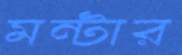
মন্টার